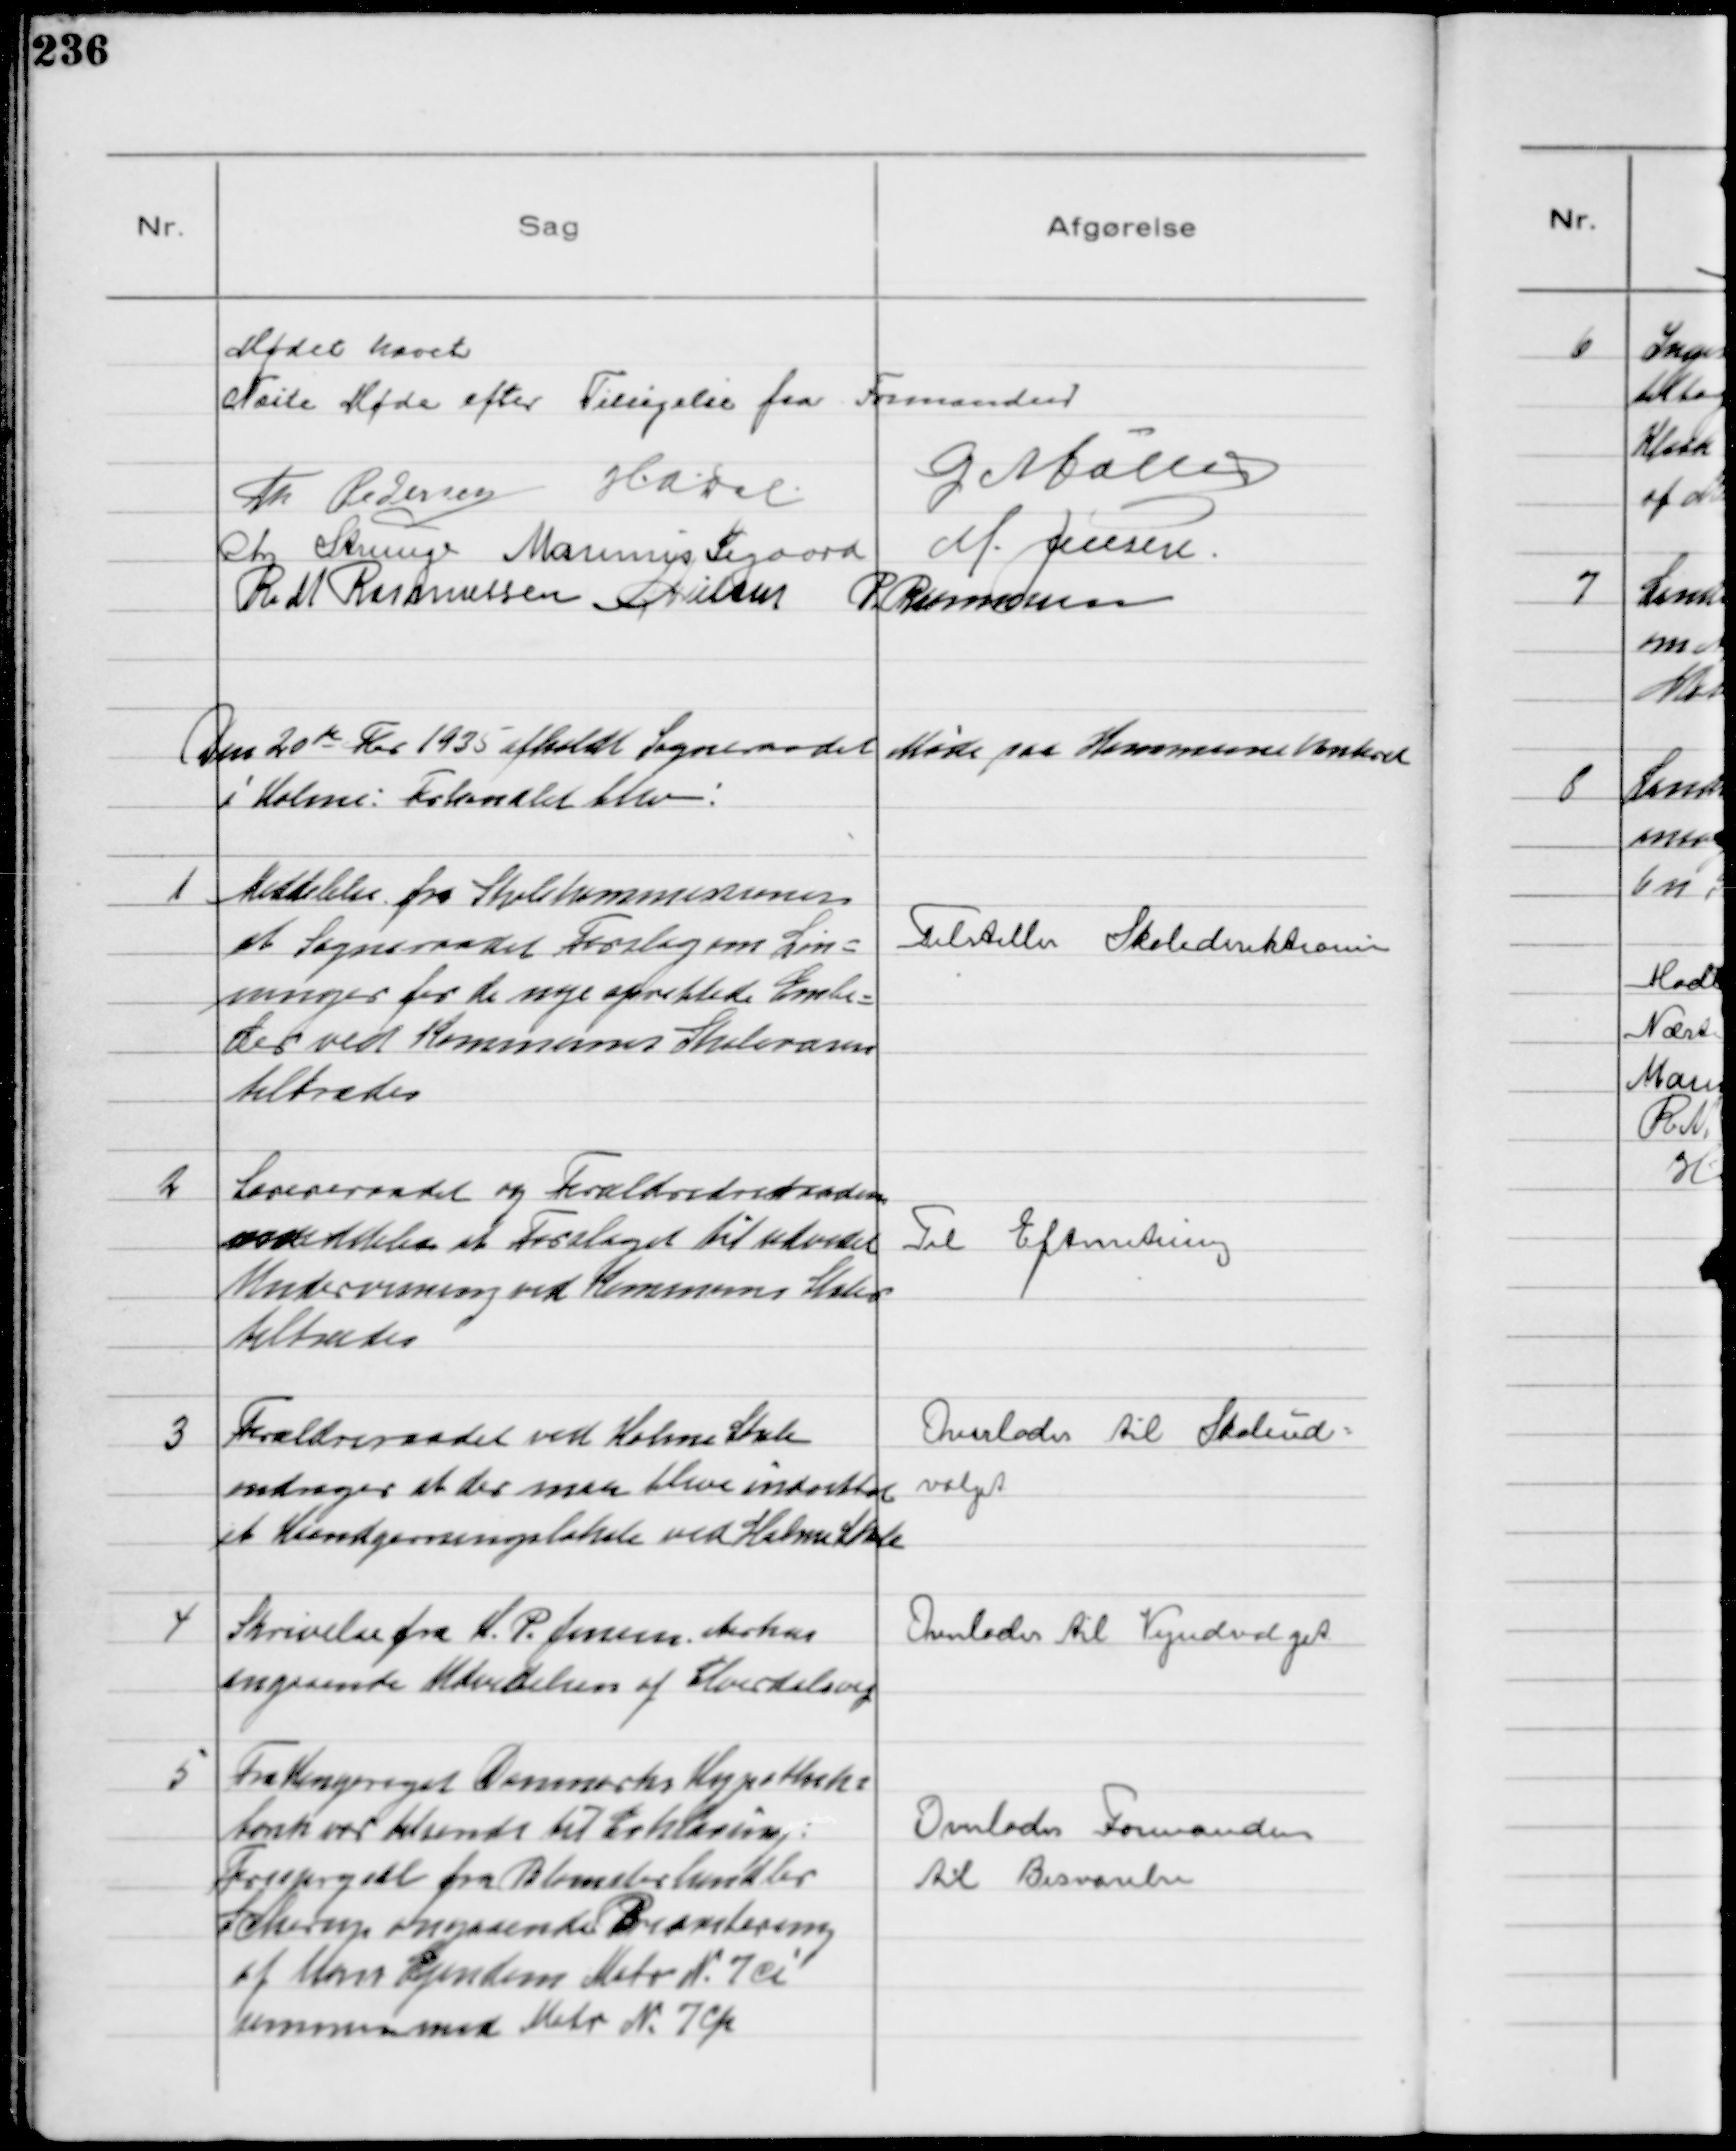
Transskription:
Mødet hævet
Næste Møde efter Tilsigelse fra Formanden
Th Pdersen HADal G Møller
Chr Strunge Marinus Sigaard M. Jensen
R M Rasmussen NNielsen P Rasmussen

Den 20de Feb 1935 afholdt Sogneraadet Møde paa Kommunekontoret
i Holme: Forhandlet blev:

1
Meddelelse fra Skolekommissionen
at Sogneraadet Forslag om Løn-
ninger for de nye oprettede Embe-
der ved Kommunens Skolevæsen
tiltrædes

Tilstilles Skoledirektionen

2
Lærereraadet og Forældredreraadene
meddeler at Forslaget til udvidet
Undervisning ved Kommunens Skoler
tiltrædes

Til Efterretning

3
Forældreraadet ved Holme Skole
andrager at der maa blive indrettet
et Haandgerningslokale ved Holme Skole

Overlodes til Skoleud-
valget

4
Skrivelse fra H. P. Jensen Aarhus
angaaende Udvidelsen af Elverdalsvej

Overlodes til Vejudvalget

5
Fra Kongeriget Danmarks Hypotheks
bank var tilsendt til Erklæring:
Forespørgsel fra Blomsterhandler
Scherup angaaende Bearetering
af Hans Ejendom Matr N 7 ci
sammen med Matr N 7cp

Overlodes Formanden
til Besvarelse